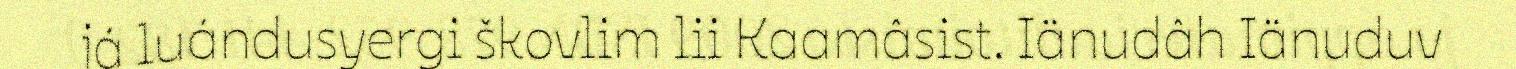
já luándusyergi škovlim lii Kaamâsist. Iänudâh Iänuduv